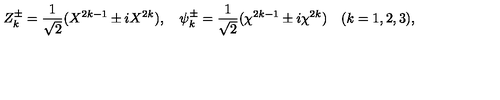
Z _ { k } ^ { \pm } = { \frac { 1 } { \sqrt { 2 } } } ( X ^ { 2 k - 1 } \pm i X ^ { 2 k } ) , \quad \psi _ { k } ^ { \pm } = { \frac { 1 } { \sqrt { 2 } } } ( \chi ^ { 2 k - 1 } \pm i \chi ^ { 2 k } ) \quad ( k = 1 , 2 , 3 ) ,